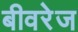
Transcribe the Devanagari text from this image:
बीवरेज